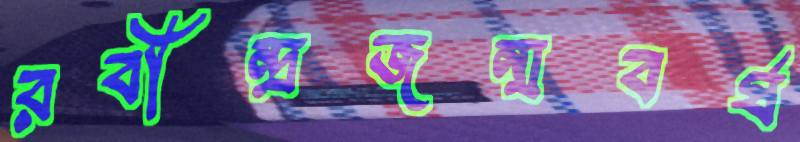
রবীন্দ্রজন্মবর্ষ